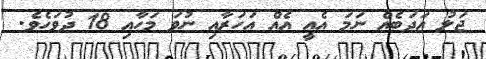
ޖަލު އަދަބެއް ނަމަ އެއީ އެއް އަހަރާއި ނުވަ މަހާއި 18 ދުވަހެވެ.